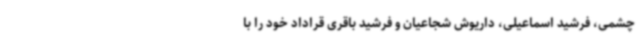
چشمی، فرشید اسماعیلی، داریوش شجاعیان و فرشید باقری قراداد خود را با